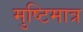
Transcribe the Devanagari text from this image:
मुष्टिमात्र